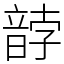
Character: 䪬